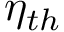
\eta _ { t h }